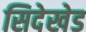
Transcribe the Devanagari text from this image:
सिदेखेड